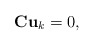
\begin{align*}{\bf C} {\bf u}_k =0,\end{align*}